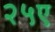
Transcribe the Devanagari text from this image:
२५ए